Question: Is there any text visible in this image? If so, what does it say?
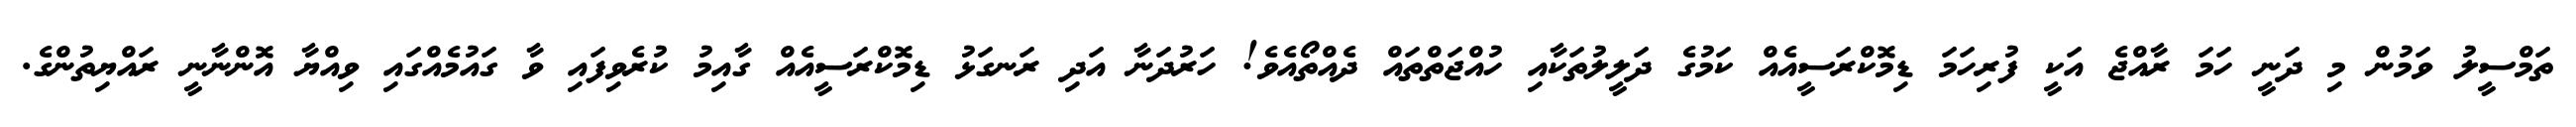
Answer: ތަމްސީލު ވަމުން މި ދަނީ ހަމަ ރާއްޖެ އަކީ ފުރިހަމަ ޑިމޮކްރަސީއެއް ކަމުގެ ދަލީލުތަކާއި ހުއްޖަތްތައް ދެއްތޯއެވެ! ހަރުދަނާ އަދި ރަނގަޅު ޑިމޮކްރަސީއެއް ގާއިމު ކުރެވިފައި ވާ ގައުމެއްގައި ވިއްޔާ އޮންނާނީ ރައްޔިތުންގެ.